Annual report on the working of the lock hospitals in the Central Provinces
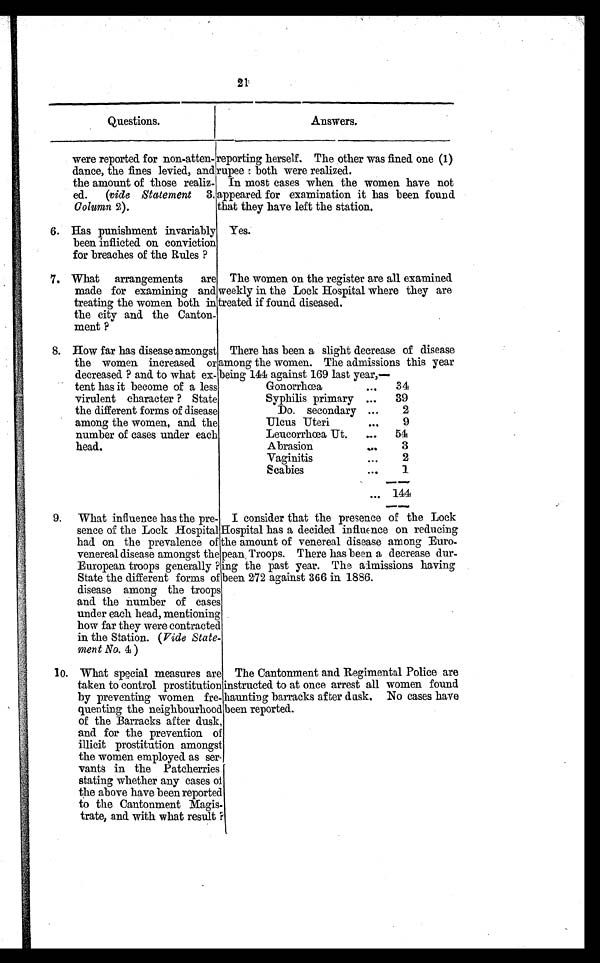
21
Questions.
Answers.
were reported. for non-atten-
dance, the fines levied, and
the amount of those realiz-
ed.
(vide Statement 3,
Column 2).
reporting herself. The other was fined one (1)
rupee : both were realized..
In most cases when the women have not
appeared for examination it has been found.
that they have left the station.
6. Has punishment invariably
been inflicted on conviction
for breaches of the Rules ?
Yes.
7. What arrangements are
made for examining and
treating the women both in
the city and the Canton-
ment ?
The women on the register are all examined
weekly in the Lock Hospital where they are
treated if found diseased.
8. How far has disease amongst
the women increased or
decreased. ? and. to what ex-
tent has it become of a less
virulent character ? State
the different forms of disease
among the women, and. the
number of cases under each
head.
There has been a slight decrease of disease
among the women. The admissions this year
being 144 against 169 last year,—
Gonorrhœa
...
34
Syphilis primary ...
39
Do. secondary ...
2
Ulcus Uteri
...
9
Leucorrhœa Ut.
...
54
Abrasion
...
3
Vaginitis
...
2
Scabies
...
1
... 144
9. What influence has the pre-
sence of the Lock Hospital
had on the prevalence of
venereal disease amongst the
European troops generally
?
State the different forms of
disease among the troops
and the number of cases
under each head, mentioning
how far they were contracted
in the Station. (Vide State-
ment No. 4 )
I consider that the presence of the Lock
Hospital has a decided influence on reducing
the amount of venereal disease among Euro-
pean, Troops. There has been a decrease dur-
ing the past year. The admissions having
been 272 against 366 in. 1886.
10. What special measures are
taken to control prostitution
by preventing women fre-
quenting the neighbourhood
of the Barracks after dusk,
and for the prevention of
illicit prostitution amongst
the women employed as ser-
vants in the Patcherries
stating whether any cases of
the above have been reported
to the Cantonment Magis-
trate, and. with what result ?
The Cantonment and Regimental Police are
instructed. to at once arrest all women found
haunting barracks after dusk. No cases have
been reported.